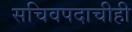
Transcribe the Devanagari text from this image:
सचिवपदाचीही